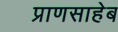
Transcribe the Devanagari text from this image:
प्राणसाहेब